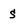
Character: S